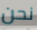
نحن